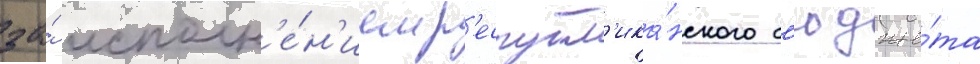
за́ исполн'е́н'ием р'еспубл'ика́нского б'юдже́та